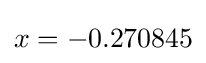
x=-0.270845